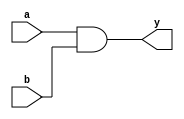
module simple_continuous_assignment (
    input wire a,       // Input signal a
    input wire b,       // Input signal b
    output wire y       // Output signal y
);

// Continuous assignment: y is the logical AND of a and b
assign y = a & b;

endmodule